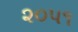
૨૦૫૧